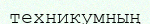
техникумның